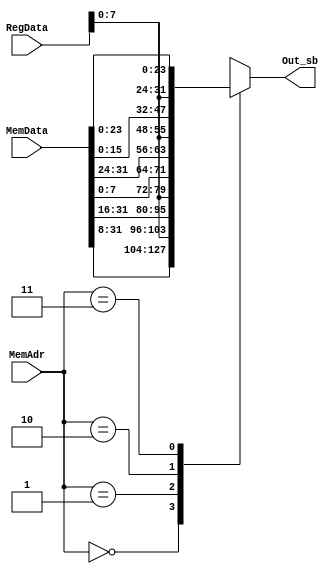
`timescale 1ns / 1ps
//////////////////////////////////////////////////////////////////////////////////
// Company: 

//////////////////////////////////////////////////////////////////////////////////


module StoreByte(MemAdr, MemData, RegData, Out_sb);
    input [31:0] MemData, RegData;
    input [1:0]  MemAdr; 
    //MemAdr represents the 2 least significant bits of the computed address, offset + base
    //MemAdr's value corresponds to the byte (1,2,3, or 4) in memory word 
    //which will be replaced with the LS  byte of RegData, RegData[7:0]
 
    output reg [31:0] Out_sb;
    
     always @ (*) begin
        case (MemAdr)
            2'd0: begin //write to MS byte of memory word
                Out_sb = {MemData[31:8],  RegData[7:0]}; end
            2'd1: begin
                Out_sb = {MemData[31:16], RegData[7:0], MemData[7:0]}; end
            2'd2: begin
                 Out_sb = {MemData[31:24], RegData[7:0], MemData[15:0]};end
            2'd3: begin//write to MS byte of memory  word
                Out_sb = {RegData[7:0], MemData[23:0]};end
         endcase
        
     end
endmodule